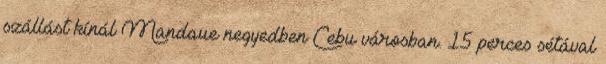
szállást kínál Mandaue negyedben Cebu városban. 15 perces sétával